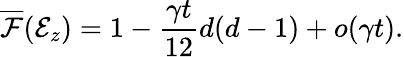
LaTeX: \overline{{\mathcal{F}}}(\mathcal{E}_{z})=1-\frac{\gamma t}{12}d(d-1)+o(\gamma t).